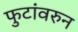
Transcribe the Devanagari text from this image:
फुटांवरुन